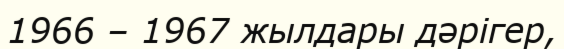
1966 – 1967 жылдары дәрігер,